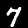
Label: 7